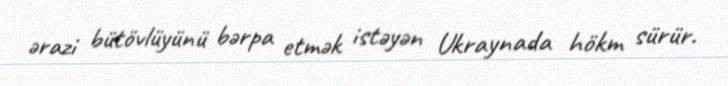
ərazi bütövlüyünü bərpa etmək istəyən Ukraynada hökm sürür.